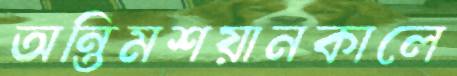
অন্তিমশয়ানকালে